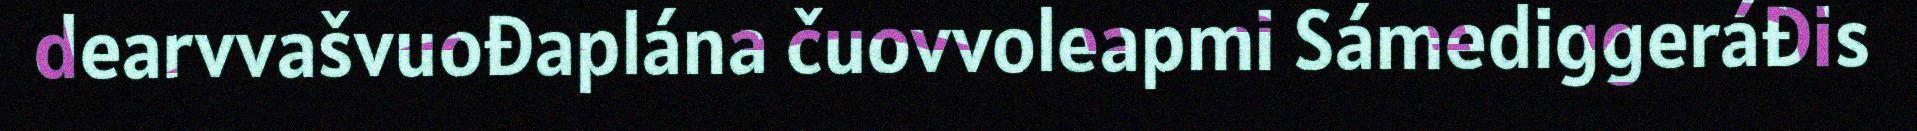
dearvvašvuođaplána čuovvoleapmi Sámediggeráđis